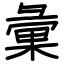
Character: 彙